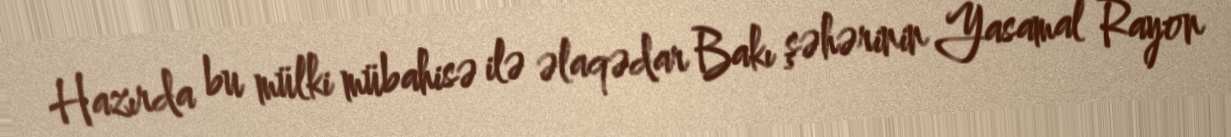
Hazırda bu mülki mübahisə ilə əlaqədar Bakı şəhərinin Yasamal Rayon